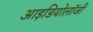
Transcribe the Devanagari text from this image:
आइडियोलॉजी